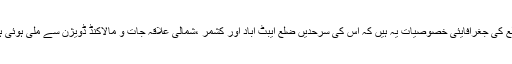
ضلع کی جغرافایئی خصوصيات یہ ہیں کہ اِس کی سرحدیں ضلع ایبٹ اباد اور کشمر ،شمالی علاقہ جات و مالاکنڈ ڈویژن سے ملی ہوئی ہیں۔